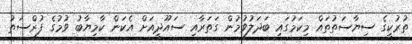
ތުރުކީގެ ސިޔާސަތުތައް މިކަމުގައި ބަދަލުވުމުން ގަތަރާއި ސައޫދީއަށް އެކަން ކާމިޔާބު ވުމުގެ ފުރްސަތު